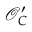
{ \mathcal { O } } _ { C } ^ { \prime }